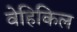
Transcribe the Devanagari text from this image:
वेहिकिल